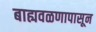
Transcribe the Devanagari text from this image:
बाह्यवळणापासून